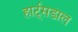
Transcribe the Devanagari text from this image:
हार्ट्‌सडाल